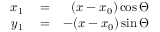
\begin{array} { r l r } { x _ { 1 } } & { { } = } & { ( x - x _ { 0 } ) \cos \Theta } \\ { y _ { 1 } } & { { } = } & { - ( x - x _ { 0 } ) \sin \Theta } \end{array}